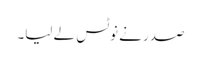
صدر نے نوٹس لے لیا۔